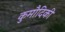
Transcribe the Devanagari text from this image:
कुमौदिकी